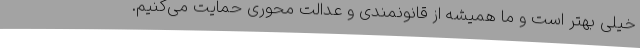
خیلی بهتر است و ما همیشه از قانونمندی و عدالت محوری حمایت می‌کنیم.